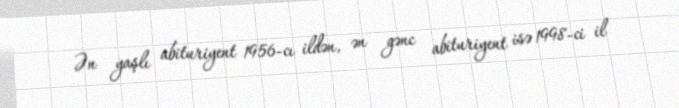
Ən yaşlı abituriyent 1956-cı ildən, ən gənc abituriyent isə 1998-ci il